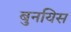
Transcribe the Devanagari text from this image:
बुनयिस